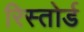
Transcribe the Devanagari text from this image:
रिस्तोर्ड